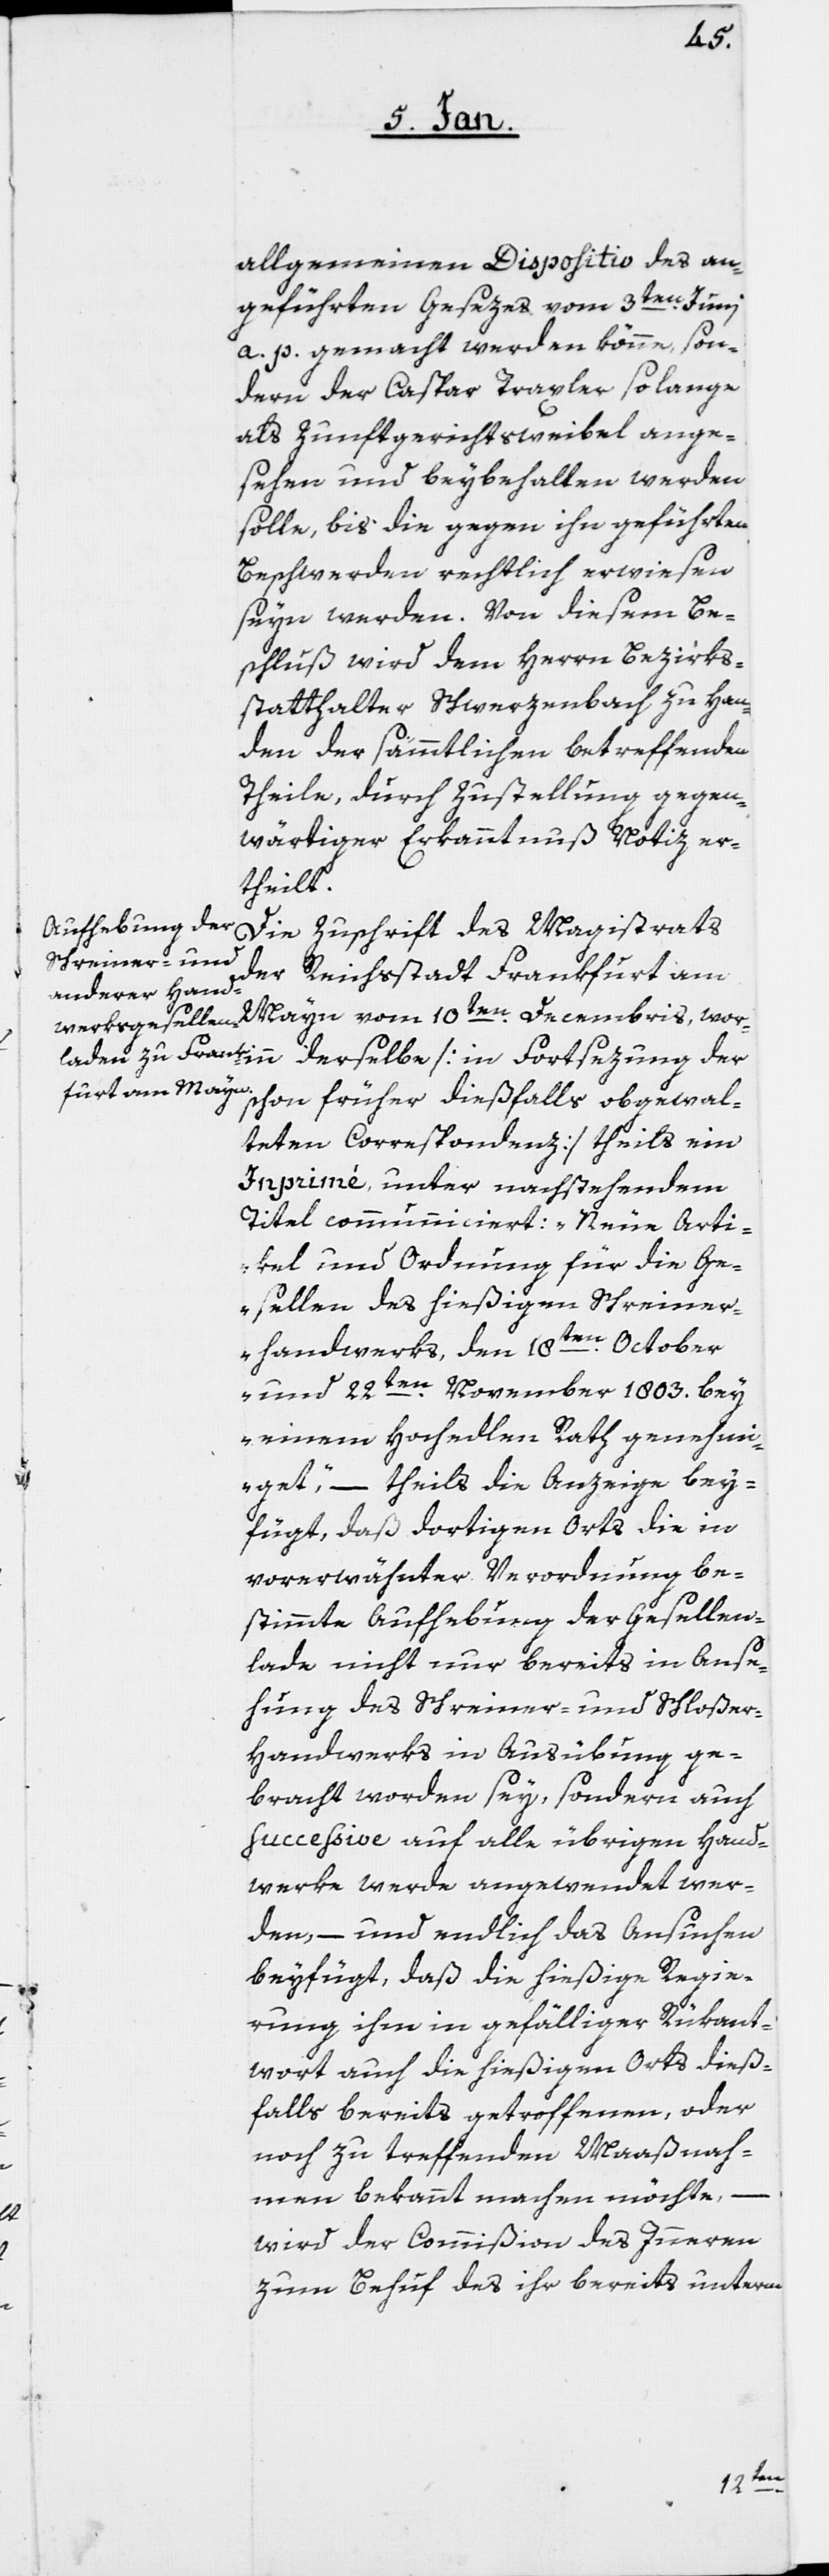
allgemeinen Dispositiv des an¬
geführten Gesezes vom 3ten. Junii
a. p. gemacht werden könne, son¬
dern der Caspar Traxler so lange
als Zunftgerichtsweibel ange¬
sehen und beybehalten werden
solle, bis die gegen ihn geführten
Beschwerden rechtlich erwiesen
seyn werden. Von diesem Be¬
schluß wird dem Herrn Bezirks¬
statthalter Schwerzenbach zu Han¬
den der sämmtlichen betreffenden
Theile, durch Zustellung gegen¬
wärtiger Erkanntnuß Notiz er¬
theilt.
Die Zuschrift des Magistrats
der Reichsstadt Frankfurt am
Mayn vom 10ten Decembris, worinn
schon früher dießfalls obgewal¬
teten Correspondenz] theils ein
Imprimé, unter nachstehendem
Titel communiciert: „Neue Arti¬
kel und Ordnung für die Ge¬
sellen des hießigen Schreiner¬
handwerks, den 18ten. October
und 22sten. November 1803. bey
einem Hochedlen Rath genehmi¬
get“, – theils die Anzeige bey¬
fügt, daß dortigen Orts die in
vorerwähnter Verordnung be¬
stimmte Aufhebung der Gesellen¬
lade nicht nur bereits in Anse¬
hung des Schreiner- und Schloße¬
r-Handwerks in Ausübung ge¬
bracht worden sey, sondern auch
successive auf alle übrigen Hand¬
werke werde angewendet wer¬
den, – und endlich das Ansuchen
beyfügt, daß die hießige Regie¬
rung ihm in gefälliger Rükant¬
wort auch die hießigen Orts dieß¬
falls bereits getroffenen, oder
noch zu treffenden Maaßnah¬
men bekannt machen möchte,
wird der Commißion des Innern
zum Behuf des ihr bereits unterm